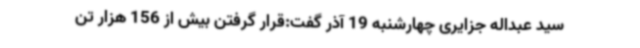
سید عبداله جزایری چهارشنبه 19 آذر گفت:قرار گرفتن بیش از 156 هزار تن